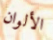
الألوان